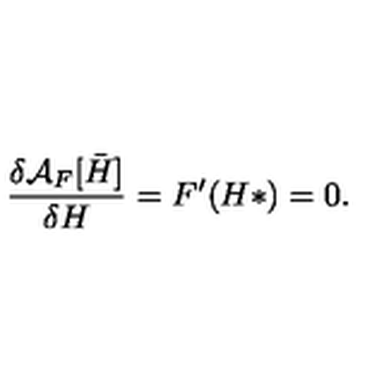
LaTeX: \frac { \delta { \cal A } _ { F } [ { { \bar { H } } } ] } { \delta H } = F ^ { \prime } ( H * ) = 0 .